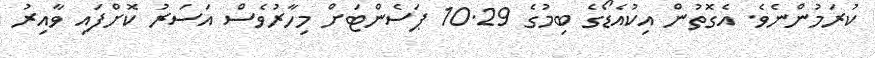
ކުރަމުންނެވެ. އެގޮތުން އިކުއެޑޯގެ ބިމުގެ 10.29 ޕަސެންޓަށް މިހާރުވެސް އަސަރު ކޮށްފައި ވާއިރު